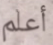
أعلم